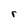
Character: r